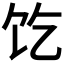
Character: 𱃱